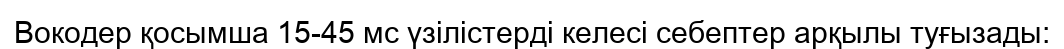
Вокодер қосымша 15-45 мс үзілістерді келесі себептер арқылы туғызады: